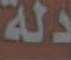
دلة